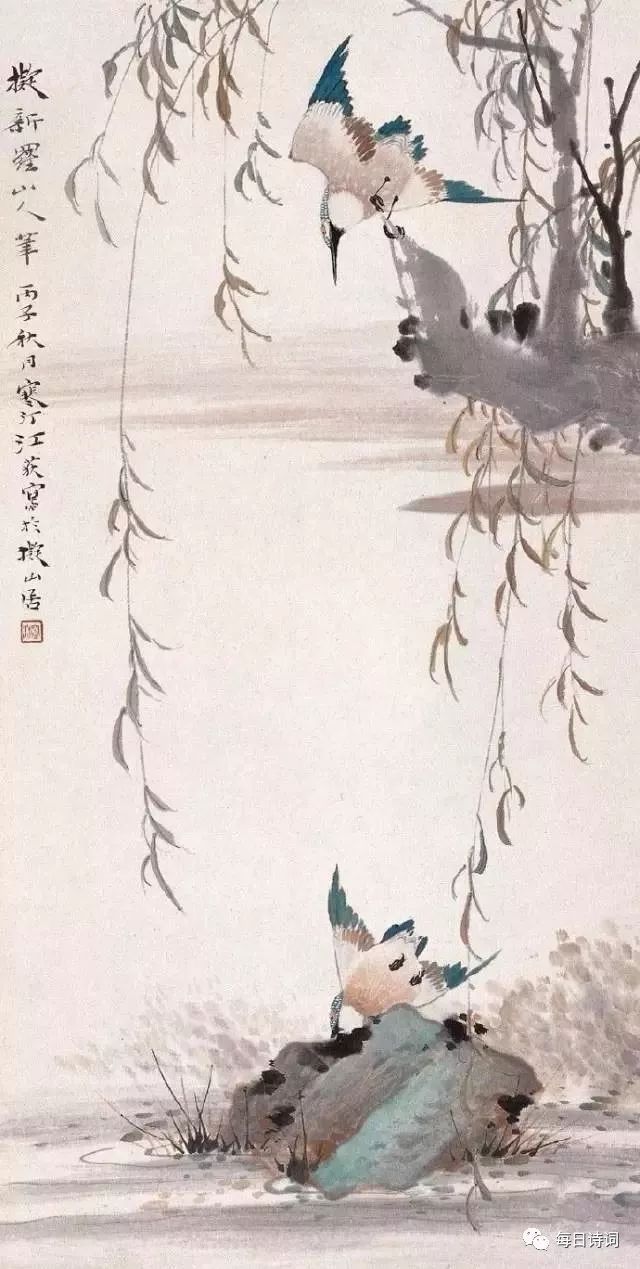
独眠林下梦魂好，回首人间忧患长。